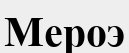
Мероэ